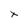
Character: t